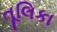
તૂલિકા